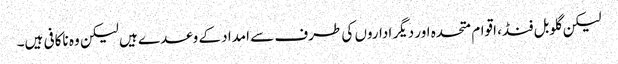
لیکن گلوبل فنڈ، اقوام متحدہ اور دیگر اداروں کی طرف سے امداد کے وعدے ہیں لیکن وہ ناکافی ہیں۔